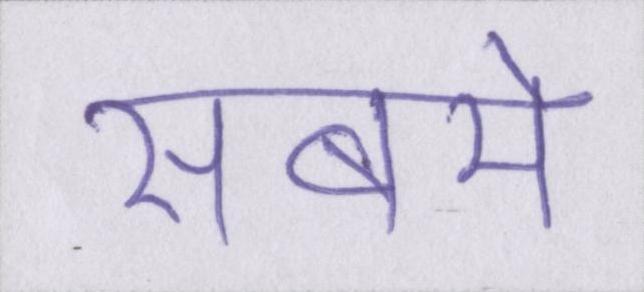
सबमे